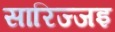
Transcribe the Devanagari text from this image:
सारिज्जइ